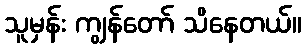
သူမှန်း ကျွန်တော် သိနေတယ်။